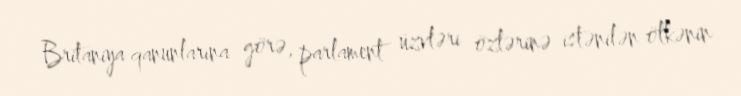
Britaniya qanunlarına görə, parlament üzvləri özlərinə istənilən ölkənin